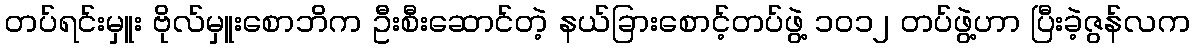
တပ်ရင်းမှူး ဗိုလ်မှူးစောဘိက ဦးစီးဆောင်တဲ့ နယ်ခြားစောင့်တပ်ဖွဲ့ ၁၀၁၂ တပ်ဖွဲ့ဟာ ပြီးခဲ့ဇွန်လက